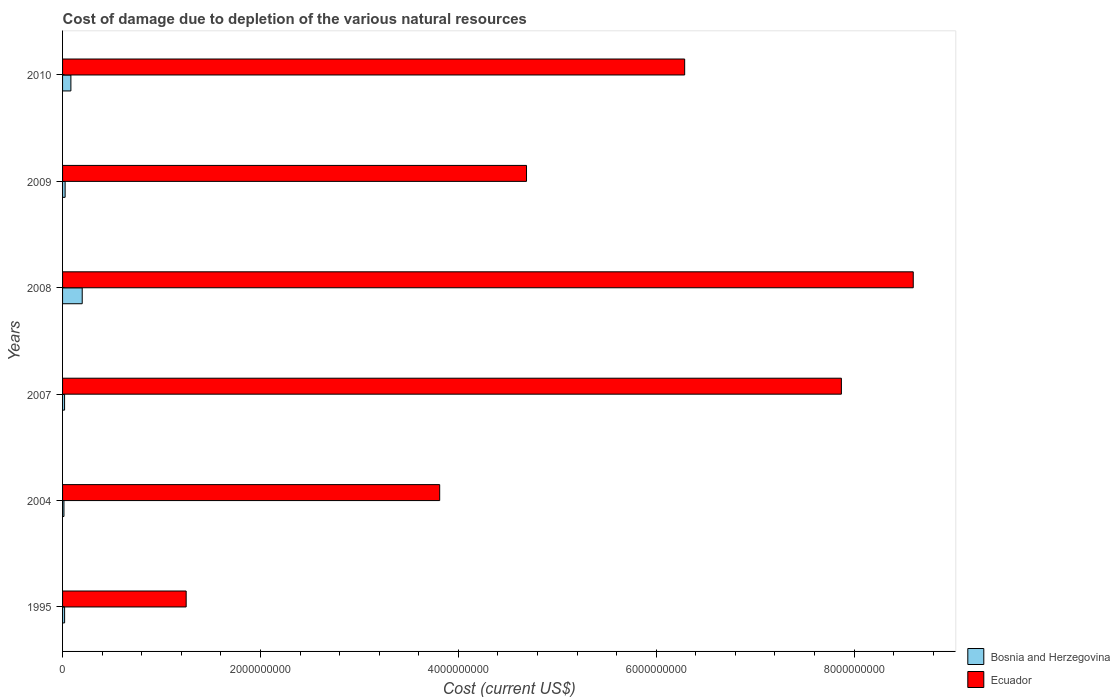
| Years | Bosnia and Herzegovina | Ecuador |
 | --- | --- | --- |
 | 1995 | 2.06e+07 | 1.25e+09 |
 | 2004 | 1.4e+07 | 3.81e+09 |
 | 2007 | 2.04e+07 | 7.87e+09 |
 | 2008 | 1.99e+08 | 8.6e+09 |
 | 2009 | 2.58e+07 | 4.69e+09 |
 | 2010 | 8.42e+07 | 6.29e+09 |